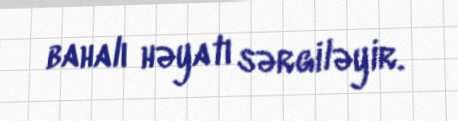
bahalı həyatı sərgiləyir.